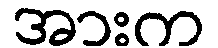
အားက